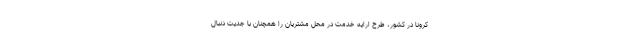
کرونا در کشور، طرح ارایه خدمت در محل مشتریان را همچنان با جدیت دنبال